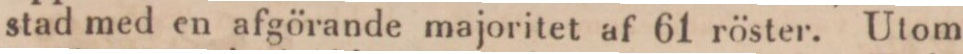
stad med en afgörande majoritet af 61 röster. Utom